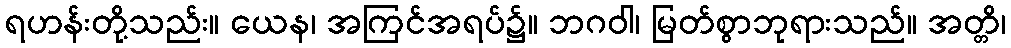
ရဟန်းတို့သည်း။ ယေန၊ အကြင်အရပ်၌။ ဘဂဝါ၊ မြတ်စွာဘုရားသည်။ အတ္တိ၊